Calcutta medical institutions reports 1871-78
Year: 1871
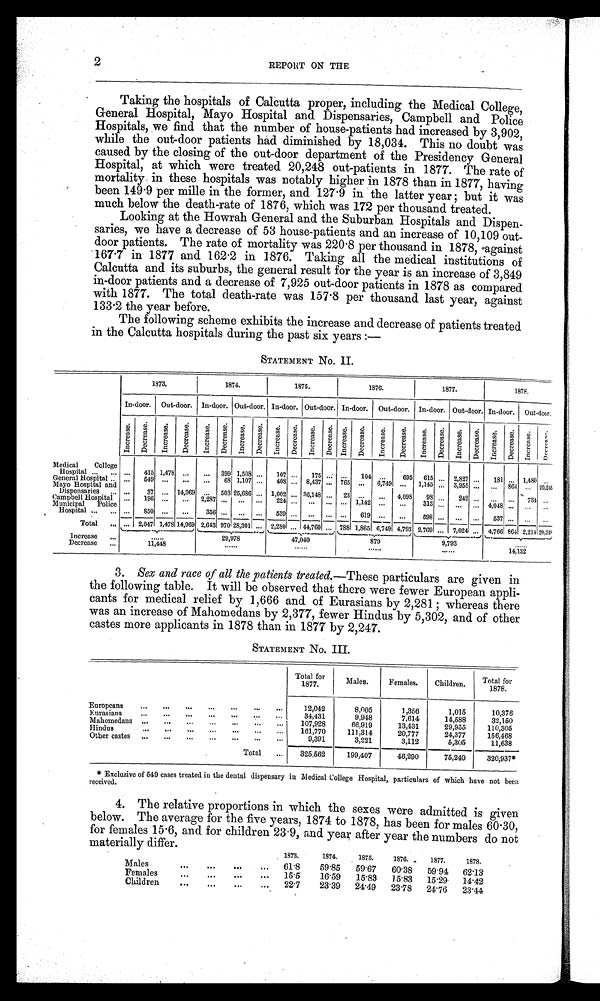
2
REPORT ON THE
Taking the hospitals of Calcutta proper, including the Medical College,
General Hospital, Mayo Hospital and Dispensaries, Campbell and Police
Hospitals, we find that the number of house-patients had increased by 3,902,
while the out-door patients had diminished by 18,034. This no doubt was
caused by the closing of the out-door department of the Presidency General
Hospital, at which were treated 20,248 out-patients in 1877. The rate of
mortality in these hospitals was notably higher in 1878 than in 1877, having
been 149 . 9 per mille in the former, and 127 . 9 in the latter year; but it was
much below the death-rate of 1876, which was 172 per thousand treated.
Looking at the Howrah General and the Suburban Hospitals and Dispen
saries, we have a decrease of 53 house-patients and an increase of 10,109 out
door patients. The rate of mortality was 220.8 per thousand in 1878, 'against
167.7 in 1877 and 162 . 2 in 1876. Taking all the medical institutions of
Calcutta and its suburbs, the general result for the year is an increase of 3,849
in-door patients and a decrease of 7,925 out-door patients in 1878 as compared
with 1877. The total death-rate was 157 . 8 per thousand last year, against
133 . 2 the year before.
The following scheme exhibits the increase and decrease of patients treated
in the Calcutta hospitals during the past six years :-
STATEMENT No. II.
1873.
1874.
1875.
1876.
1877.
1878.
In-door. Out-door. In-door. Out-door. In-door. Out-door. In-door. Out-door. In-door. Out-door. In-door. Out-door.
Increase. D e c r e a s e .
I n c r e a s e . De c r e a s e .
I n c r e a s e . De c r e a s e . I n c r e a s e . De c r e a s e . I n c r e a s e . D e c r e a s e . I n c r e a s e . D e c r e a s e .
Increase.
D e c r e a s e .
I nc r e a s e . De c r e a s e .
I n c r e a s e . D e c r e a s e . I n c r e a s e . Decr eas e. Increase. De c r e a s e .
I n c r e a s e .
De c r e a s e .
Medical College
Hospital
...
415 1,478 ...
... 399 1,508 ...
107 ...
175 ... ...
104 ...
695 615 ... 2,827 ...
181 ... 1,480 ...
General Hospital
...
549 ...
...
...
68 1,107 ...
408 ... 8,437 ... 765 ... 6,749 ... 1,145 ... 3,955 ... ... 864 ... 20:248
Mayo Hospital and
Dispensaries
. . .
37 ... 14,969 ... 503 25,686 ... 1,002 ... 36,148 ... 23 ...
... 4,098
98 ...
242 ... ... ... 734 ...
Campbell Hospital ... 196 ...
... 2,287 ... ... ...
224 ... ... ... ... 1,142 ...
...
313 ... ... ... 4,048 ... ... ...
Municipal Police
Hospital
...
850 ...
...
356 ... ... ...
539 ... ... ... ... 619 ...
...
598 ... ... ...
537 ...
... ...
Total
... 2,047 1,478 14,969 2,643 970 28,301 ... 2,280 ... 44,760 ... 788 1,865 6,749 4,793 2,769 ... 7,024 ... 4,766 864 2,214 20,248
I n c r e a s e d
......
29,978
47,040
879
9,793
......
Decrease
11,448
......
......
......
......
14,132
3. Sex and race of all the patients treated.— These particulars are given in
the following table. It will be observed that there were fewer European appli
cants for medical relief by 1,666 and of Eurasians by 2,281 whereas there
was an increase of Mahomedans by 2,377, fewer Hindus by 5,302, and of other
castes more applicants in 1878 than in 1877 by 2,247.
STATEMENT No. III.
Total for
1877.
Males.
Females.
Children.
Totals for
1878.
Europeans
12,042
8,005
1,356
1,015
10,376
Eurasians
31,431
9,948
7,614
14,588
32,150
Mahomedaus
107,928
66,919
13,431
29,955
110,305
Hindus
161,770
111,314
20,777
24,377
156,468
Other castes
9,391
3,221
3,112
5,305
11,638
Total
325:562
199,407
46,290
75,240
320,937*
* Exclusive of 549 cases treated in the dental dispensary in Medical College Hospital, particulars of which have not been
received.
4. The relative proportions in which the sexes were admitted is given
below. The average for the five years, 1874 to 1878, has been for males 60.30,
for females 15 . 6, and for children 23 . 9, and year after year the numbers do not
materially differ.
1873.
1874.
1875.
1876.
1877.
1878.
Males
61.8
59.85
59.67 60.38 59.94
62.13
Females
15.5
16.59
15.83
15.83
15.29
14.42
Children
22.7
23.39
24.49
23.78
24.76
23.44